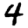
Digit: 4